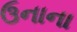
ઉનાના